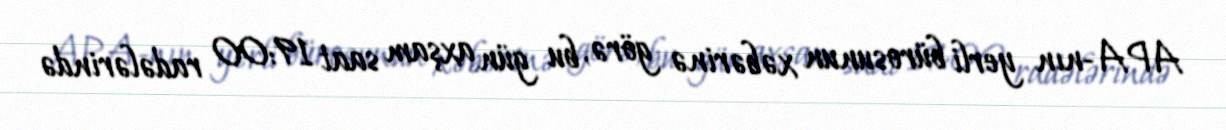
APA-nın yerli bürosunun xəbərinə görə, bu gün axşam saat 19:00 radələrində